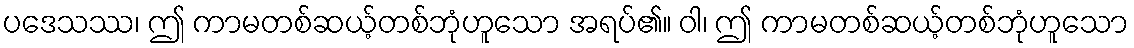
ပဒေသဿ၊ ဤ ကာမတစ်ဆယ့်တစ်ဘုံဟူသော အရပ်၏။ ဝါ၊ ဤ ကာမတစ်ဆယ့်တစ်ဘုံဟူသော